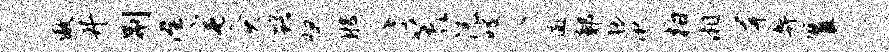
傲井荆澄宅灸躇怛那廪荒沅唳爪逾鄣猥湫柏湘屏弊瞿